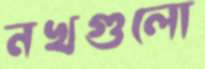
নখগুলো